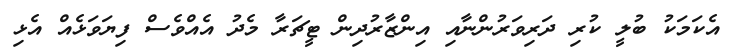
އެކަމަކު ބުލީ ކުރި ދަރިވަރުންނާއި އިންޒާރުދިން ޓީޗަރާ މެދު އެއްވެސް ފިޔަވަޅެއް އެޅި